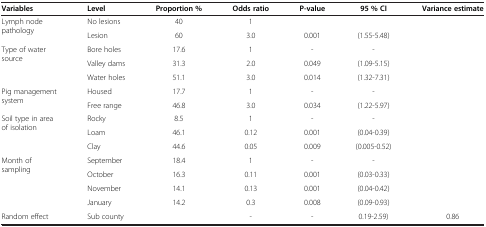
<table><thead><tr><td><b>Variables</b></td><td><b>Level</b></td><td><b>Proportion %</b></td><td><b>Odds ratio</b></td><td><b>P-value</b></td><td><b>95 % CI</b></td><td><b>Variance estimate</b></td></tr></thead><tbody><tr><td rowspan="2">Lymph node pathology</td><td>No lesions</td><td>40</td><td>1</td><td> </td><td> </td><td rowspan="2"> </td></tr><tr><td>Lesion</td><td>60</td><td>3.0</td><td>0.001</td><td>(1.55-5.48)</td></tr><tr><td rowspan="3">Type of water source</td><td>Bore holes</td><td>17.6</td><td>1</td><td>-</td><td>-</td><td rowspan="3"> </td></tr><tr><td>Valley dams</td><td>31.3</td><td>2.0</td><td>0.049</td><td>(1.09-5.15)</td></tr><tr><td>Water holes</td><td>51.1</td><td>3.0</td><td>0.014</td><td>(1.32-7.31)</td></tr><tr><td rowspan="2">Pig management system</td><td>Housed</td><td>17.7</td><td>1</td><td>-</td><td>-</td><td rowspan="2"> </td></tr><tr><td>Free range</td><td>46.8</td><td>3.0</td><td>0.034</td><td>(1.22-5.97)</td></tr><tr><td rowspan="3">Soil type in area of isolation</td><td>Rocky</td><td>8.5</td><td>1</td><td>-</td><td>-</td><td rowspan="3"> </td></tr><tr><td>Loam</td><td>46.1</td><td>0.12</td><td>0.001</td><td>(0.04-0.39)</td></tr><tr><td>Clay</td><td>44.6</td><td>0.05</td><td>0.009</td><td>(0.005-0.52)</td></tr><tr><td rowspan="4">Month of sampling</td><td>September</td><td>18.4</td><td>1</td><td>-</td><td>-</td><td rowspan="4"> </td></tr><tr><td>October</td><td>16.3</td><td>0.11</td><td>0.001</td><td>(0.03-0.33)</td></tr><tr><td>November</td><td>14.1</td><td>0.13</td><td>0.001</td><td>(0.04-0.42)</td></tr><tr><td>January</td><td>14.2</td><td>0.3</td><td>0.008</td><td>(0.09-0.93)</td></tr><tr><td>Random effect</td><td>Sub county</td><td> </td><td>-</td><td>-</td><td>0.19-2.59)</td><td>0.86</td></tr></tbody></table>